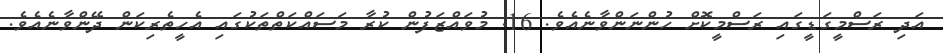
އަދި ރަސްމީގަޑީގައި ރަސްމީކޮށް ހުންނަންވާނެއެވެ. 16. މުވައްޒަފުން ކުރާ މަސައްކަތްތަކުގައި އެހީތެރިކަން ދޭންވާނެއެވެ.